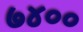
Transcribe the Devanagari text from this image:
७४००